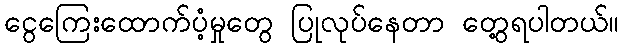
ငွေကြေးထောက်ပံ့မှုတွေ ပြုလုပ်နေတာ တွေ့ရပါတယ်။